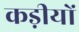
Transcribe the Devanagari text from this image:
कड़ीयों